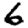
Digit: 6